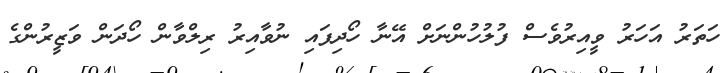
ހަތަރު އަހަރު ވީއިރުވެސް ފުލުހުންނަށް އޭނާ ހޯދިފައި ނުވާއިރު ރިލްވާން ހޯދަން ވަޒީރުންގެ